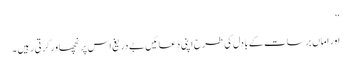
‘‘
اور اماں برسات کے بادل کی طرح اپنی دعائیں بے دریغ اس پر نچھاور کرتی رہیں ۔